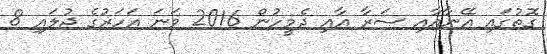
ގޮތުގައި އޭނާއާއި ސަރާ އާއި ދެމީހުން 2016 ވަނަ އަހަރުގެ ޖުލައި 8